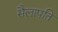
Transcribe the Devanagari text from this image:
सैलापति